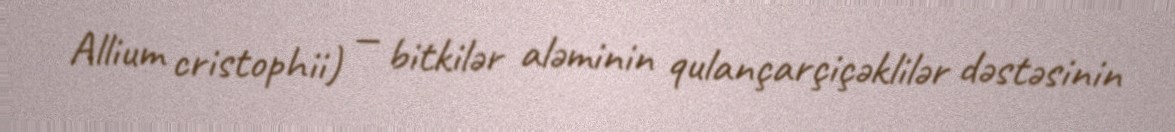
Allium cristophii) — bitkilər aləminin qulançarçiçəklilər dəstəsinin